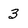
Character: 3